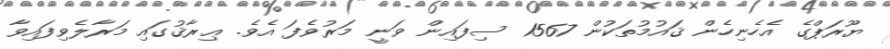
ޔޫރަޕްގެ އެހެނިހެން ޤައުމުތަކުން 1567 ސިފައިން ވަނީ މަރުވެފަ އެވެ. ޢިރާޤުގައި މަރާލެވިފައިވާ